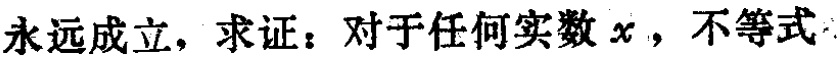
永远成立，求证：对于任何实数 \(x\)，不等式